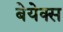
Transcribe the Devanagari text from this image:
बेयेक्स